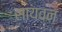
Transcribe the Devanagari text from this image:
सायवन